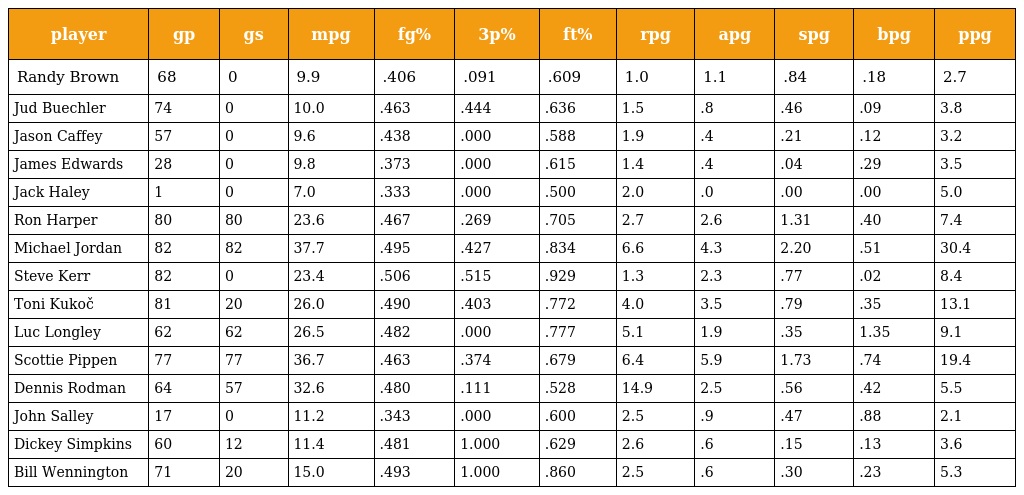
| player | gp | gs | mpg | fg% | 3p% | ft% | rpg | apg | spg | bpg | ppg |
 | --- | --- | --- | --- | --- | --- | --- | --- | --- | --- | --- | --- |
 | Randy Brown | 68 | 0 | 9.9 | .406 | .091 | .609 | 1.0 | 1.1 | .84 | .18 | 2.7 |
 | Jud Buechler | 74 | 0 | 10.0 | .463 | .444 | .636 | 1.5 | .8 | .46 | .09 | 3.8 |
 | Jason Caffey | 57 | 0 | 9.6 | .438 | .000 | .588 | 1.9 | .4 | .21 | .12 | 3.2 |
 | James Edwards | 28 | 0 | 9.8 | .373 | .000 | .615 | 1.4 | .4 | .04 | .29 | 3.5 |
 | Jack Haley | 1 | 0 | 7.0 | .333 | .000 | .500 | 2.0 | .0 | .00 | .00 | 5.0 |
 | Ron Harper | 80 | 80 | 23.6 | .467 | .269 | .705 | 2.7 | 2.6 | 1.31 | .40 | 7.4 |
 | Michael Jordan | 82 | 82 | 37.7 | .495 | .427 | .834 | 6.6 | 4.3 | 2.20 | .51 | 30.4 |
 | Steve Kerr | 82 | 0 | 23.4 | .506 | .515 | .929 | 1.3 | 2.3 | .77 | .02 | 8.4 |
 | Toni Kukoč | 81 | 20 | 26.0 | .490 | .403 | .772 | 4.0 | 3.5 | .79 | .35 | 13.1 |
 | Luc Longley | 62 | 62 | 26.5 | .482 | .000 | .777 | 5.1 | 1.9 | .35 | 1.35 | 9.1 |
 | Scottie Pippen | 77 | 77 | 36.7 | .463 | .374 | .679 | 6.4 | 5.9 | 1.73 | .74 | 19.4 |
 | Dennis Rodman | 64 | 57 | 32.6 | .480 | .111 | .528 | 14.9 | 2.5 | .56 | .42 | 5.5 |
 | John Salley | 17 | 0 | 11.2 | .343 | .000 | .600 | 2.5 | .9 | .47 | .88 | 2.1 |
 | Dickey Simpkins | 60 | 12 | 11.4 | .481 | 1.000 | .629 | 2.6 | .6 | .15 | .13 | 3.6 |
 | Bill Wennington | 71 | 20 | 15.0 | .493 | 1.000 | .860 | 2.5 | .6 | .30 | .23 | 5.3 |